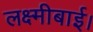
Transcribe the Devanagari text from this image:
लक्ष्मीबाई।